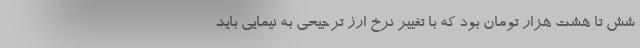
شش تا هشت هزار تومان بود که با تغییر نرخ ارز ترجیحی به نیمایی باید